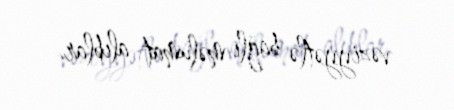
vəziyyətlə bağlı məlumat alıblar.